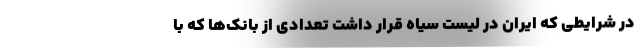
در شرایطی که ایران در لیست سیاه قرار داشت تعدادی از بانک‌ها که با